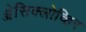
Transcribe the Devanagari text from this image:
ॲेसिक्लोव्हिर